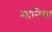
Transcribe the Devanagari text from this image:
मानिया